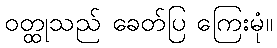
ဝတ္ထုသည် ခေတ်ပြ ကြေးမုံ။